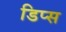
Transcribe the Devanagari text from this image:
डिप्स